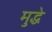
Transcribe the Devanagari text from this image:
मुद्धे